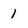
Character: 1